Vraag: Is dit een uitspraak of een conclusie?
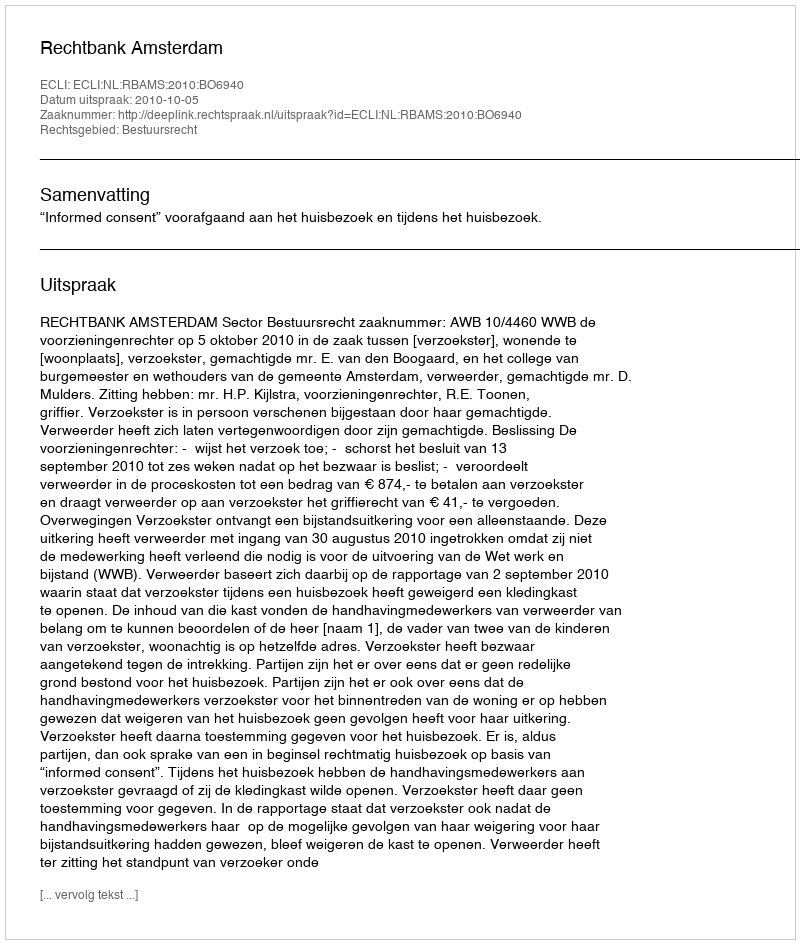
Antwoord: Uitspraak